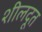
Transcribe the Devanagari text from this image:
शीलदूत